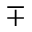
\mp